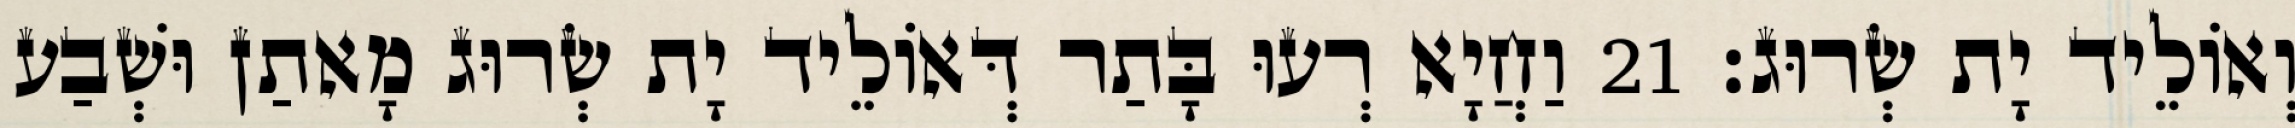
וְאוֹלֵיד יָת שְׂרוּג׃ 21 וַחֲיָא רְעוּ בָּתַר דְּאוֹלֵיד יָת שְׂרוּג מָאתַן וּשְׁבַע